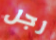
رجل